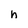
Character: h